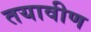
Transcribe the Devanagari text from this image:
तयावीण